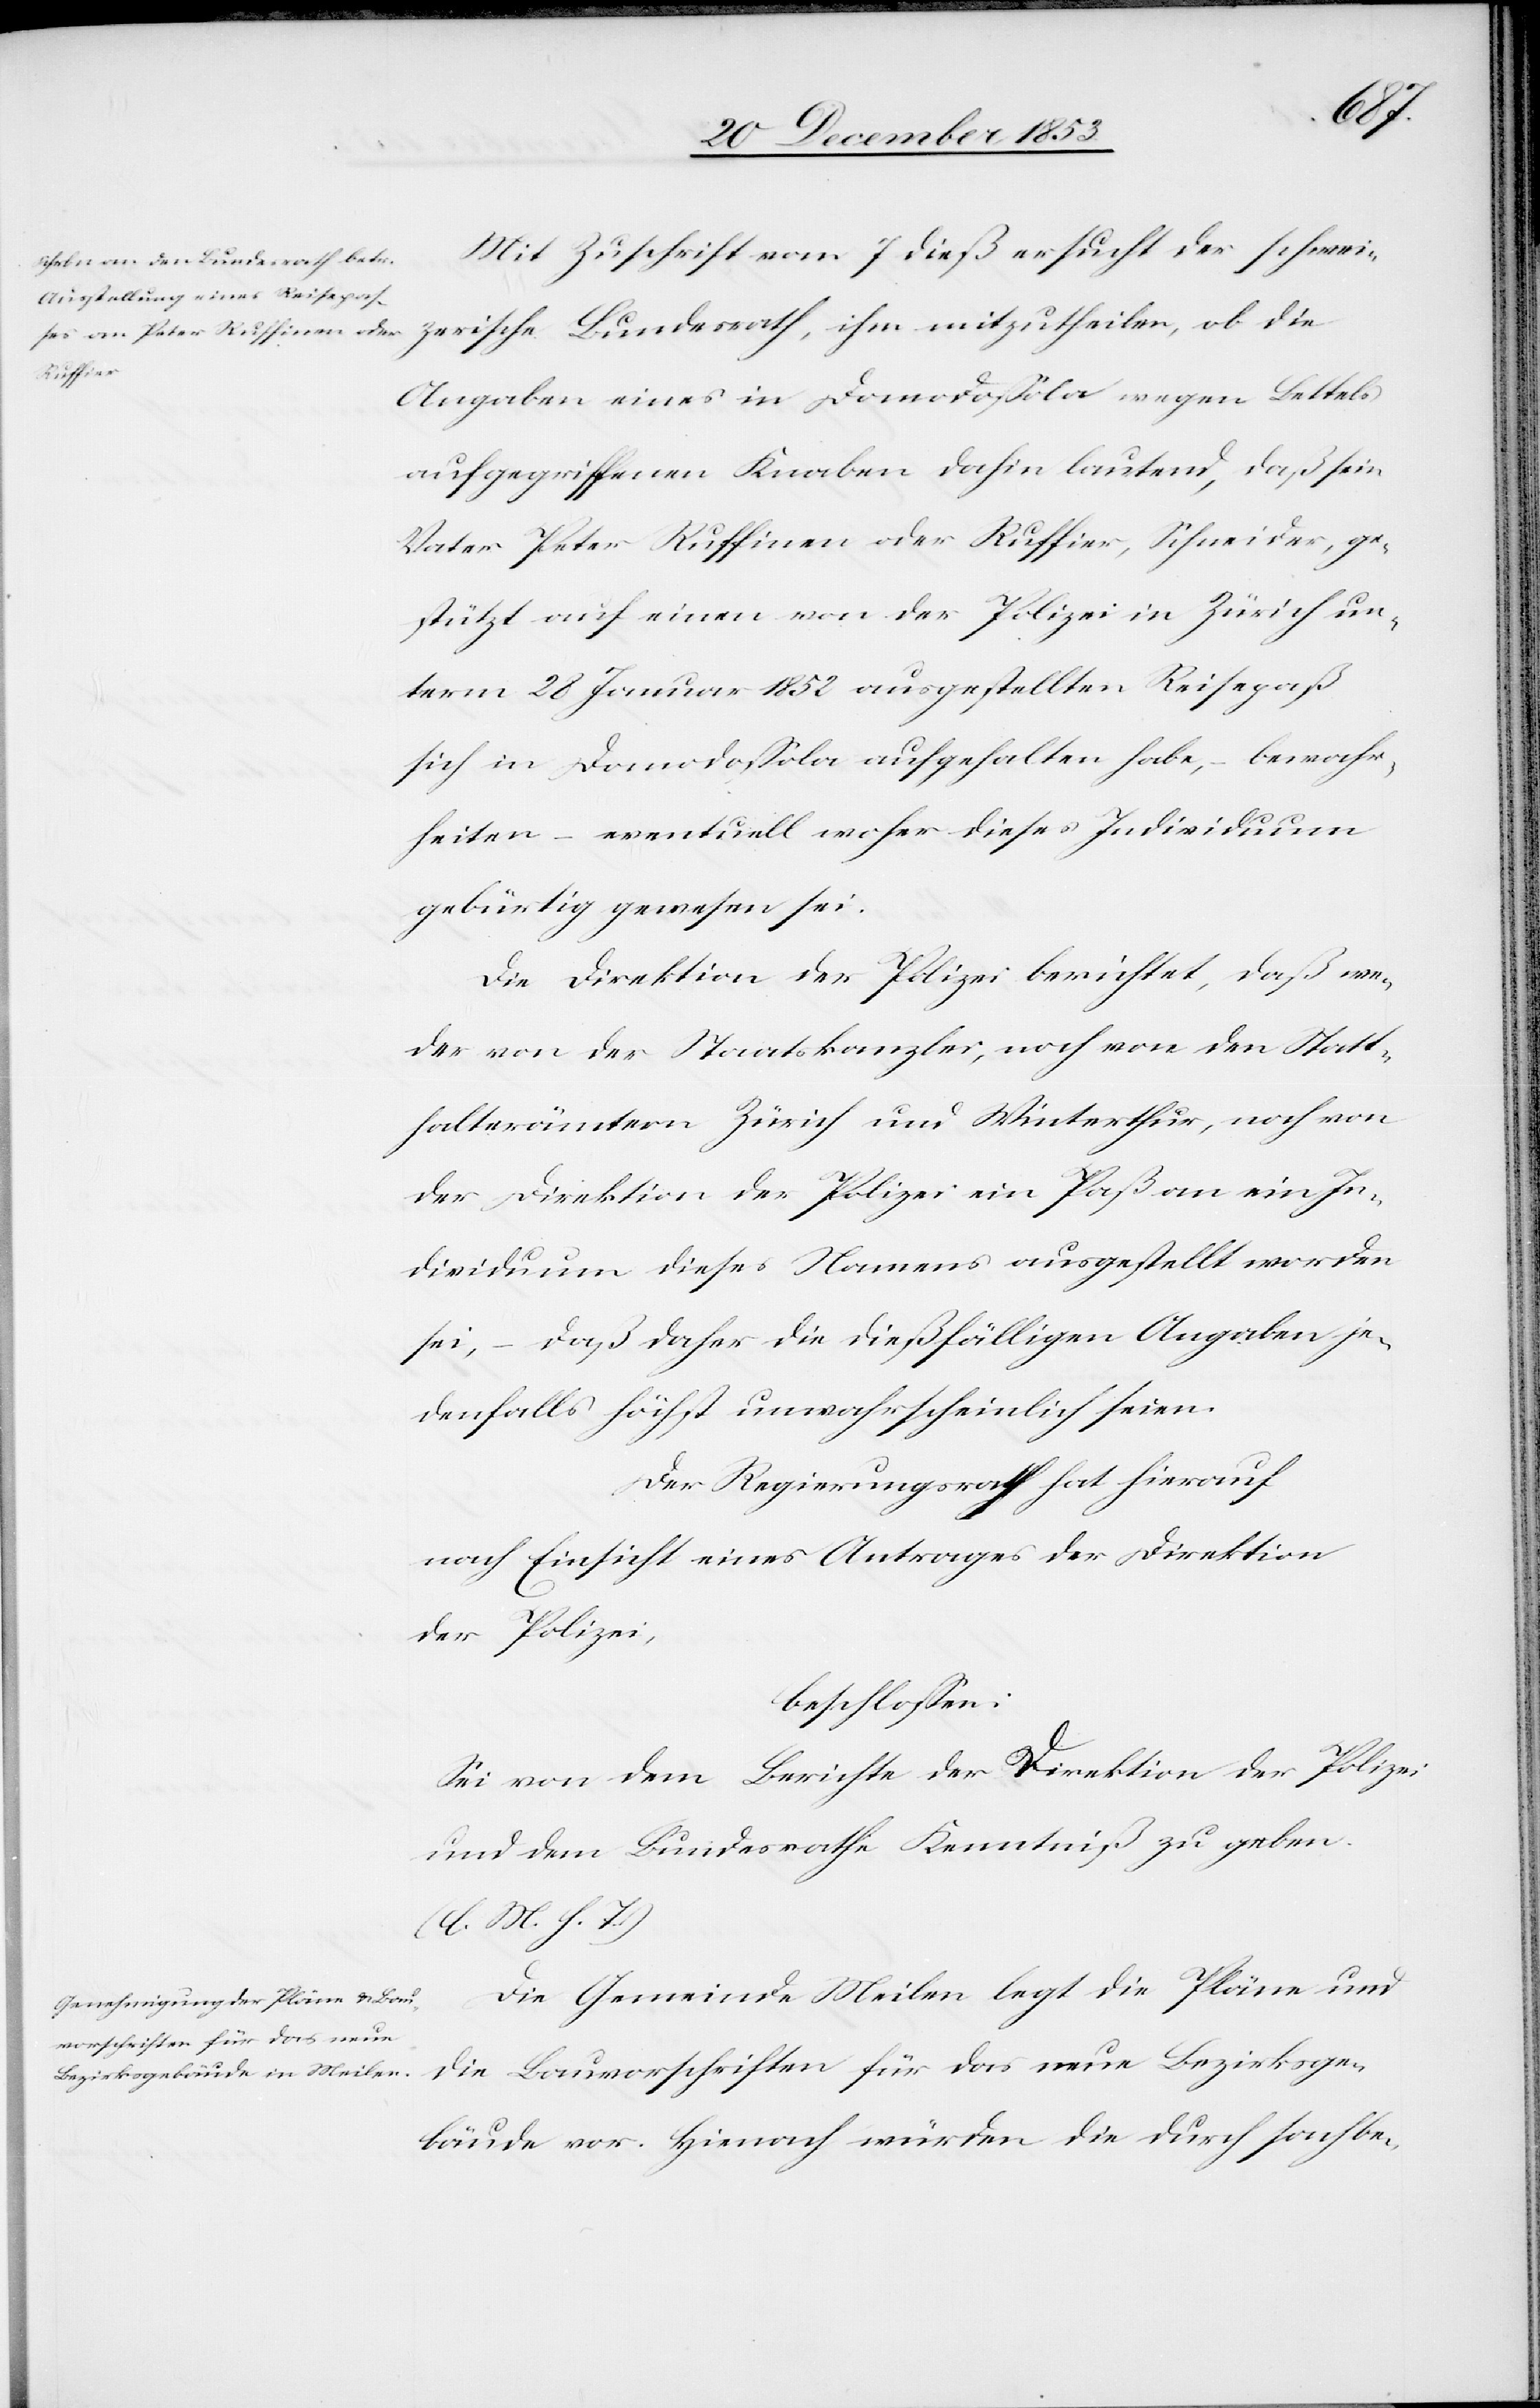
Mit Zuschrift vom 7 dieß ersucht der schwei¬
zerische Bundesrath, ihm mitzutheilen, ob die
Angaben eines in Domodoßola wegen Bettels
aufgegriffenen Knaben dahin lautend, daß sein
Vater Peter Ruffinen oder Ruffiner, Schneider, ge¬
stützt auf einen von der Polizei in Zürich un¬
term 28 Januar 1852 ausgestellten Reisepaß
sich in Domodoßola aufgehalten habe, bewahr¬
heiten – eventuell woher dieses Individuum
gebürtig gewesen sei.
Die Direktion der Polizei berichtet, daß we¬
der von der Staatskanzlei, noch von den Statt¬
halterämtern Zürich und Winterthur, noch von
der Direktion der Polizei ein Paß an ein In¬
dividuum dieses Namens ausgestellt worden
sein, – daß daher die dießfälligen Angaben je¬
denfalls höchst unwahrscheinlich seien.
Der Regierungsrath hat hierauf
nach Einsicht eines Antrages der Direktion
der Polizei,
beschloßen:
Sei von dem Berichte der Direktion der Polizei
und dem Bundesrathe Kenntniß zu geben.
Die Gemeinde Meilen legt die Pläne und
die Bauvorschriften für das neue Bezirksge¬
bäude vor. Hienach würden die durch sachbe-